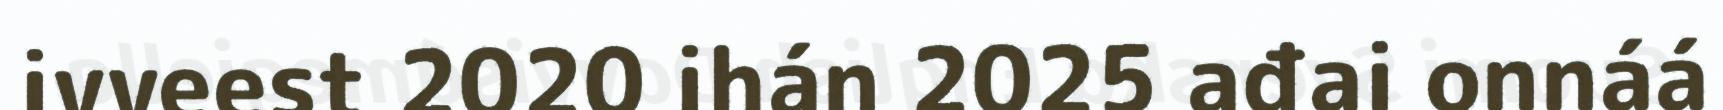
ivveest 2020 ihán 2025 ađai onnáá